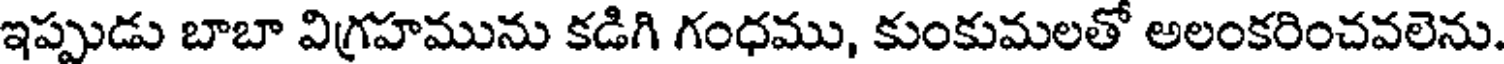
ఇప్పుడు బాబా విగ్రహమును కడిగి గంధము, కుంకుమలతో అలంకరించవలెను.